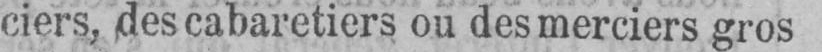
ciers, des cabaretiers ou des merciers gros